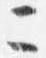
ニ